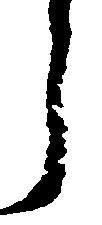
う